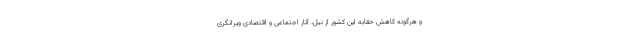
و هرگونه کاهش حقابه این کشور از نیل، آثار اجتماعی و اقتصادی ویرانگری